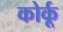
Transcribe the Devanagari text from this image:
कोर्कू